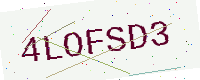
Text: 4LOFSD3